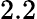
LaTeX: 2.2